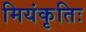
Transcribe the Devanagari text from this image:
मियंकृतिः